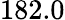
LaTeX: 182.0